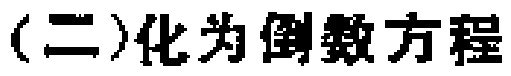
(二)化为倒数方程